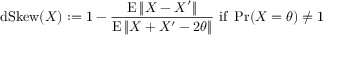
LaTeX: \operatorname { d S k e w } ( X ) : = 1 - { \frac { \operatorname { E } \| X - X ^ { \prime } \| } { \operatorname { E } \| X + X ^ { \prime } - 2 \theta \| } } { \mathrm { ~ i f ~ } } \operatorname* { P r } ( X = \theta ) \neq 1